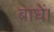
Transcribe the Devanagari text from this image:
बाधें।